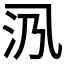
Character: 𱎃